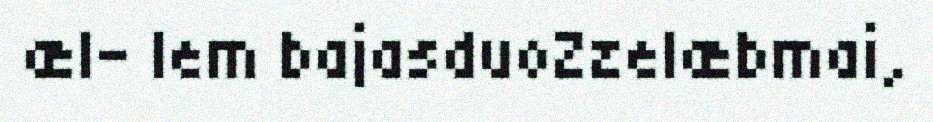
æl- lem bajasduoZzelæbmai,